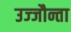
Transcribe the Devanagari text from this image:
उज्‍जौन्ता